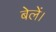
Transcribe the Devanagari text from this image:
बेलें।